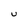
Character: U